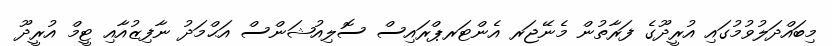
މިބައްދަލުވުމުގައި އުރީދޫގެ ފަރާތުން މެނޭޖަރ އެންޓަރޕްރައިސް ސޮލިއުޝަންސް އަޙްމަދު ނާފިޒުއާއި ޓީމް އުރީދޫ